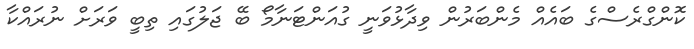
ކޮންގްރެސްގެ ބައެއް މެންބަރުން ވިދާޅުވަނީ ގުއަންޓަނާމޯ ބޭ ޖަލުގައި ތިބީ ވަރަށް ނުރައްކާ